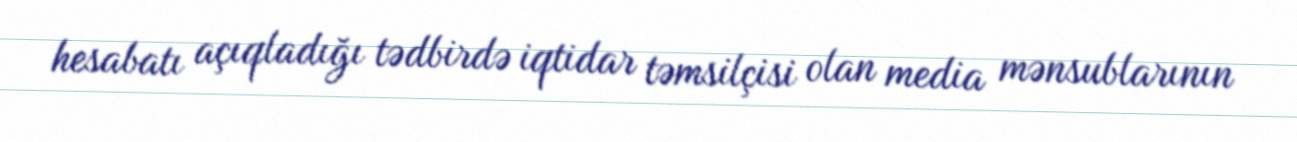
hesabatı açıqladığı tədbirdə iqtidar təmsilçisi olan media mənsublarının